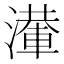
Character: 𣿢